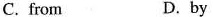
C. from D. by